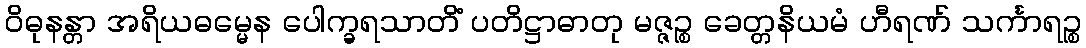
ဝိဓုနန္တာ အရိယဓမ္မေန ပေါက္ခရသာတိံ ပတိဋ္ဌာဓာတု မဇ္ဇဉ္စ ခေတ္တနိယမံ ဟီရဏ် သင်္ကာရဉ္စ